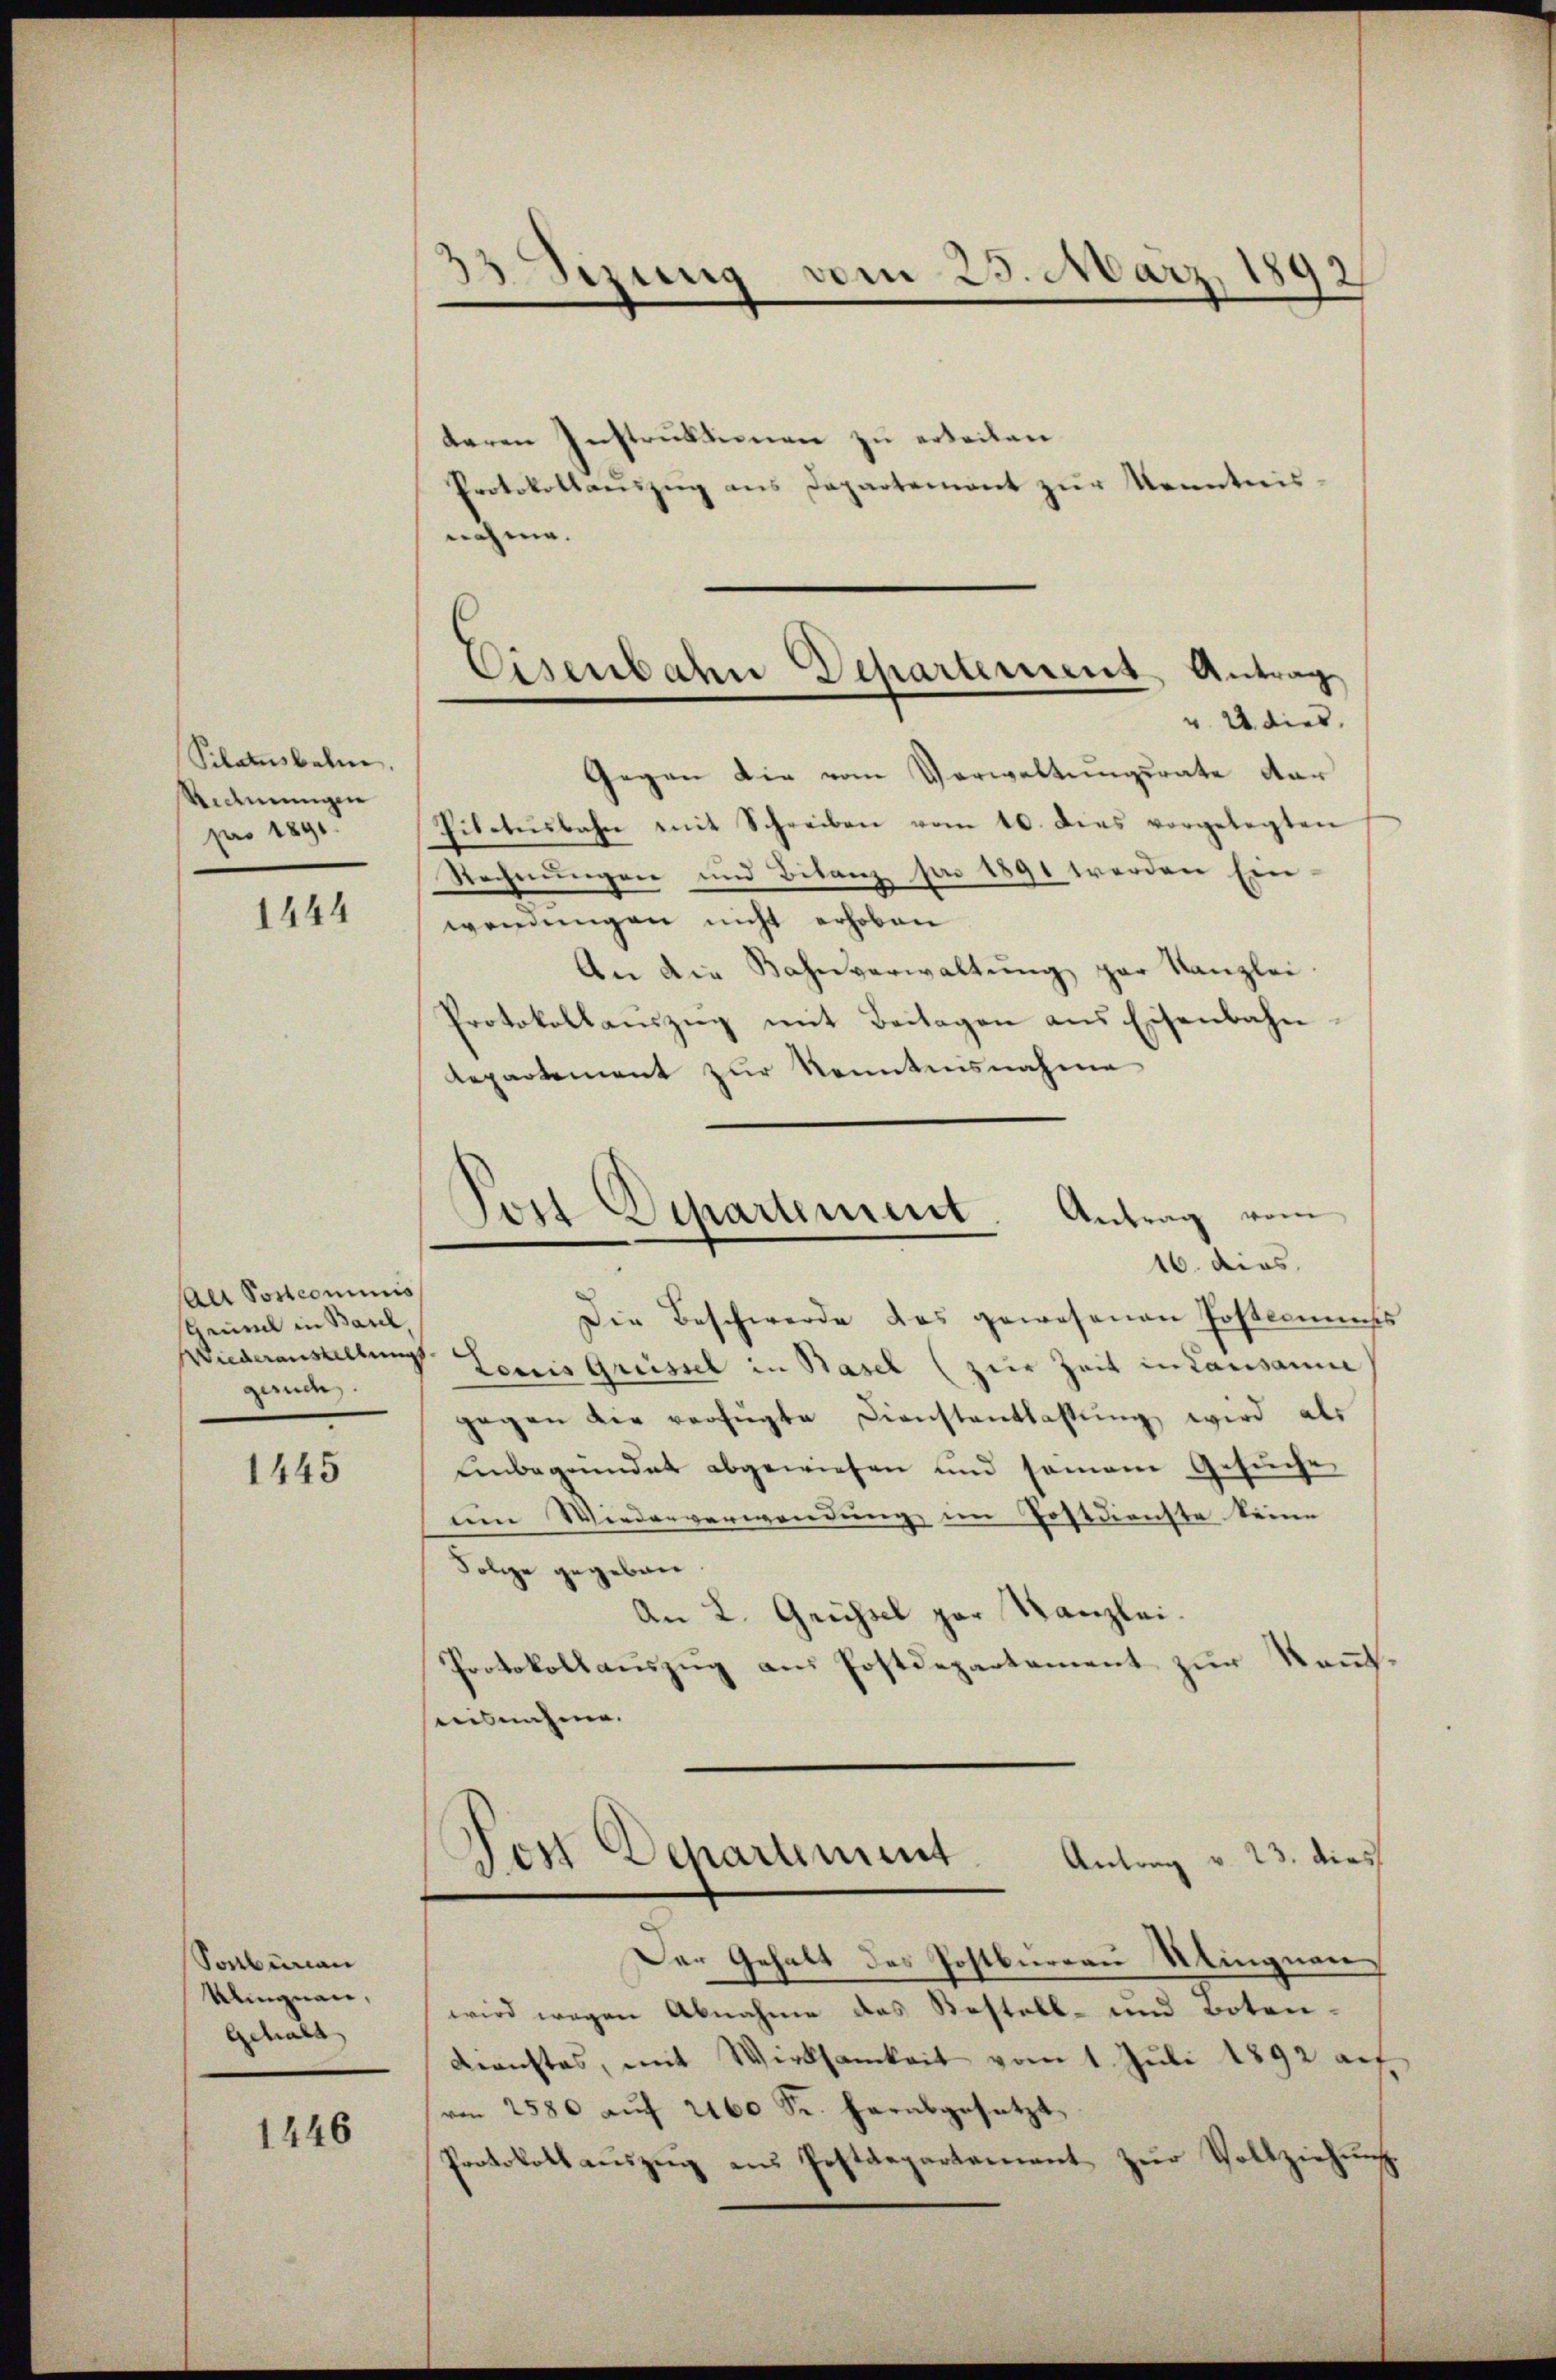
Schausbahne.
Ridmungen
pro 1891.

1444

Alt Postcommis
stheil in Baul,
Wiederaustellung
gand

1445

Sonbenan
Klingnau,
Gehalt

1446

BSizung

vom 25. März 1892

teren Instruktionen zu erteilen.
nehme.

Protokollaŭszŭg ans Departement zŭr Kenntnis

Eisenbahn Dehartement Antrag
v. 24 dies

Gegen die vom Verwaltungsrate dar
Pilatŭsbahn mit Schreiben vom 10. dies vorgelegten
Rechnungen und Bitanz pro 1891 werden Einwendungen nicht erhoben
An die Bahnverwaltung par Kanzlei
Protokollauszug mit Beitagen aus Eisenbahnlepartement zur Kenntnisnahme

Pon-Departement. Antrag vom
16. dies

Die Beschwerde das gewesenen Postenmess
Louis Grüssel in Basel (zur Zeit in Lausanne
gegen die verfügte Dienstantlastŭng wird als
Unbegründet abgewiesen und somane Gesuche
um Wiederverwendung im Postdienste keine
Folge gegeben.
An L. Geissel par Kanzlei.
Protokollauszug aus Postdepartement zur Kenntseeisnahme.
Ser Departement. Antrag v. 23. dies
Der Gehalt des Postbureau Utingnen
wird wegen Abnahme des Kostell- und Boten-
Dienstes, mit Wirksamkeit vom 1. Juli 1892 auf
ro 2580 auf 2160 Sr. herabgesetzt
Protokoll auszug aus Postdepartement zur Vollziehung